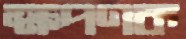
ক্ষপণক